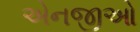
એનજીઓ